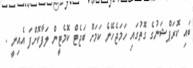
ބައި ކޮރަޕްޝަނުގެ ގޮތުގައި ހަމަޖެހޭނެ ކަމަށް ބަޖެޓް ކޮމެޓީން ލަފާކޮށްފަ އެއިނީ .